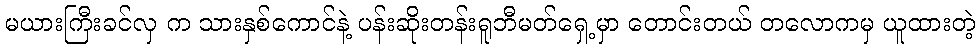
မယားကြီးခင်လှ က သားနှစ်ကောင်နဲ့ ပန်းဆိုးတန်းရူဘီမတ်ရှေ့မှာ တောင်းတယ် တလောကမှ ယူထားတဲ့